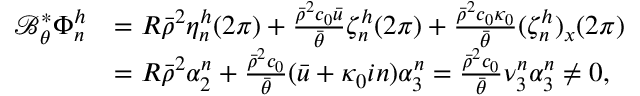
\begin{array} { r l } { \mathcal { B } _ { \theta } ^ { * } \Phi _ { n } ^ { h } } & { = R \bar { \rho } ^ { 2 } \eta _ { n } ^ { h } ( 2 \pi ) + \frac { \bar { \rho } ^ { 2 } c _ { 0 } \bar { u } } { \bar { \theta } } \zeta _ { n } ^ { h } ( 2 \pi ) + \frac { \bar { \rho } ^ { 2 } c _ { 0 } \kappa _ { 0 } } { \bar { \theta } } ( \zeta _ { n } ^ { h } ) _ { x } ( 2 \pi ) } \\ & { = R \bar { \rho } ^ { 2 } \alpha _ { 2 } ^ { n } + \frac { \bar { \rho } ^ { 2 } c _ { 0 } } { \bar { \theta } } ( \bar { u } + \kappa _ { 0 } i n ) \alpha _ { 3 } ^ { n } = \frac { \bar { \rho } ^ { 2 } c _ { 0 } } { \bar { \theta } } \nu _ { 3 } ^ { n } \alpha _ { 3 } ^ { n } \neq 0 , } \end{array}